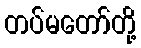
တပ်မတော်တို့